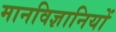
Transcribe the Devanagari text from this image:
मानविज्ञानियों